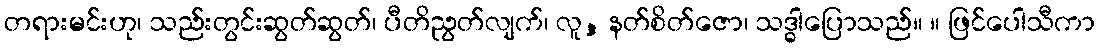
တရားမင်းဟု၊ သည်းတွင်းဆွတ်ဆွတ်၊ ပီတိညွတ်လျက်၊ လူ, နတ်စိတ်ဇော၊ သဒ္ဓါပြောသည်။ ။ ဖြင်ပေါသီကာ